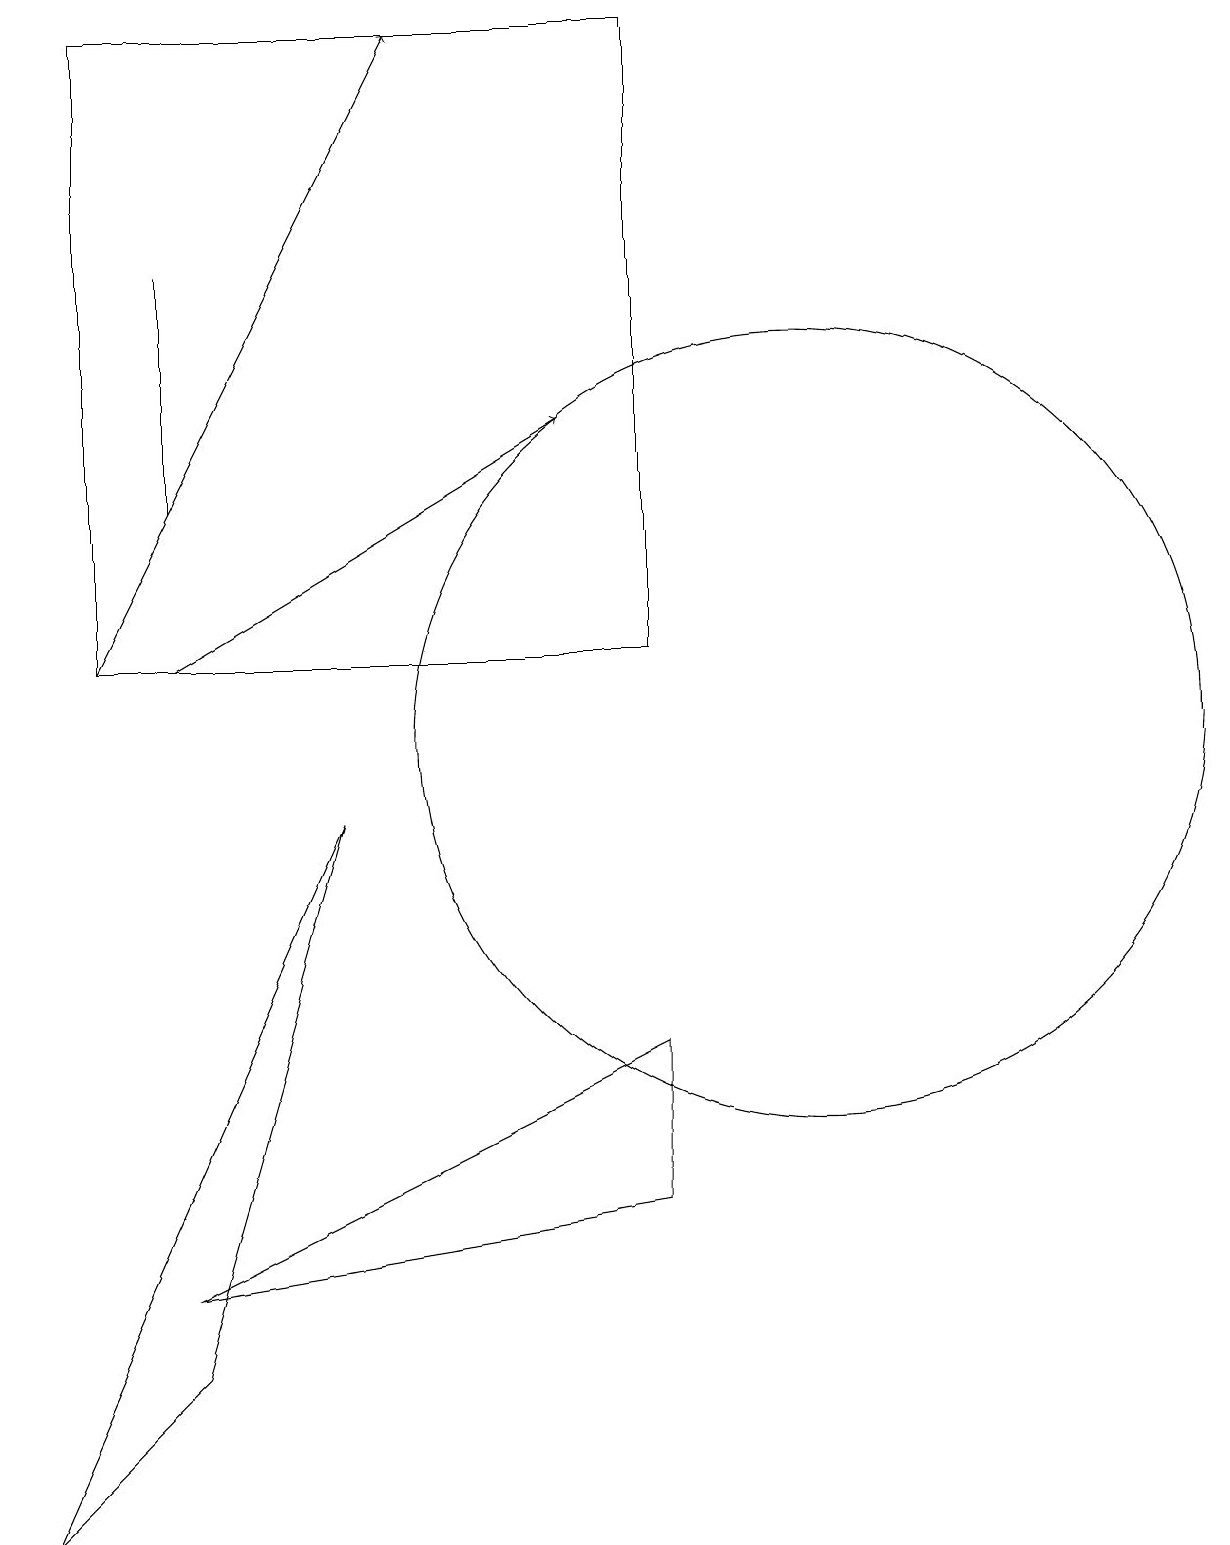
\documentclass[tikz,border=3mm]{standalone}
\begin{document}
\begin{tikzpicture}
\draw (11,10) circle (5);
\draw (9,11) rectangle (2,19);
\draw[->] (3,11) -- (8,14);
\draw[->] (2,11) -- (6,19);
\draw (9,4) -- (9,6) -- (3,3) -- cycle;
\draw (1,0) -- (5,9) -- (3,2) -- cycle;
\draw (3,16) rectangle (3,13);
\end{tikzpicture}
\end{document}